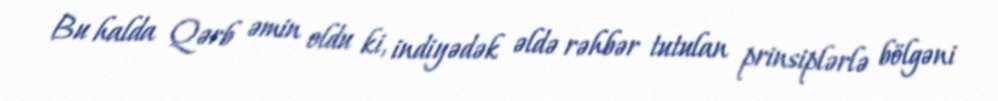
Bu halda Qərb əmin oldu ki, indiyədək əldə rəhbər tutulan prinsiplərlə bölgəni